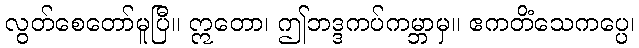
လွတ်စေတော်မူပြီ။ ဣတော၊ ဤဘဒ္ဒကပ်ကမ္ဘာမှ။ ဧကတိံသေကပ္ပေ၊